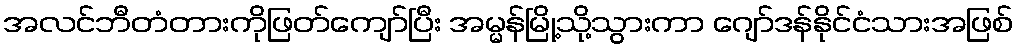
အလင်ဘီတံတားကိုဖြတ်ကျော်ပြီး အမ္မန်မြို့သို့သွားကာ ဂျော်ဒန်နိုင်ငံသားအဖြစ်